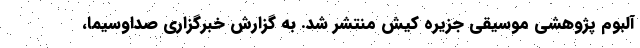
آلبوم پژوهشی موسیقی جزیره‌ کیش منتشر شد. به گزارش خبرگزاری صداوسیما،